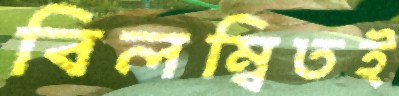
বিলম্বিতই